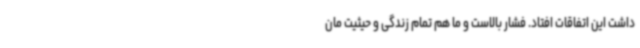
داشت این اتفاقات افتاد. فشار بالاست و ما هم تمام زندگی و حیثیت مان